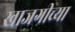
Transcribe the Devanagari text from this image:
खाजगीच्या